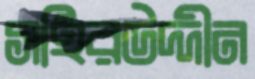
সহিরউদ্দীন